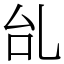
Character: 乨